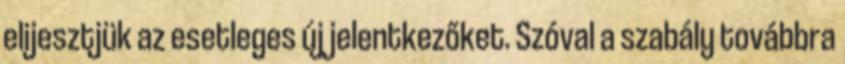
elijesztjük az esetleges új jelentkezőket. Szóval a szabály továbbra